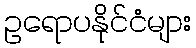
ဥရောပနိုင်ငံများ